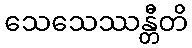
သေသေဿန္တီတိ